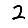
Digit: 2